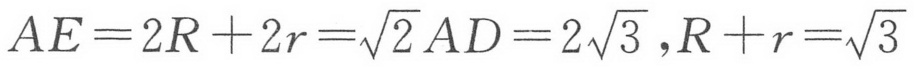
\(AE = 2R + 2r=\sqrt{2}AD = 2\sqrt{3},R + r=\sqrt{3}\)